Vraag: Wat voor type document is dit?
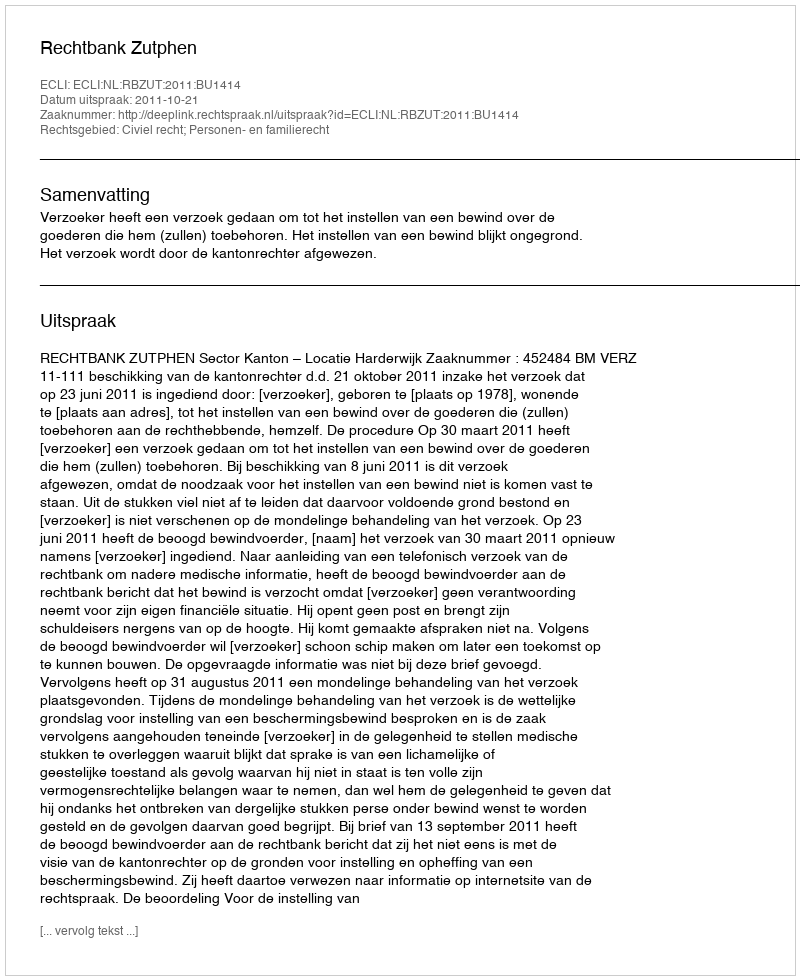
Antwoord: Uitspraak